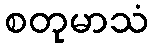
စတုမာသံ